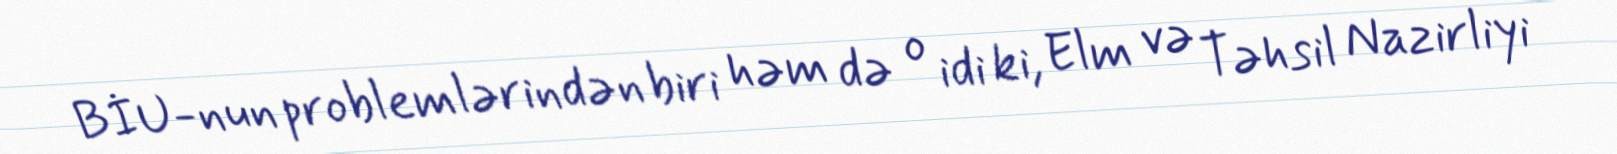
BİU-nun problemlərindən biri həm də o idi ki, Elm və Təhsil Nazirliyi